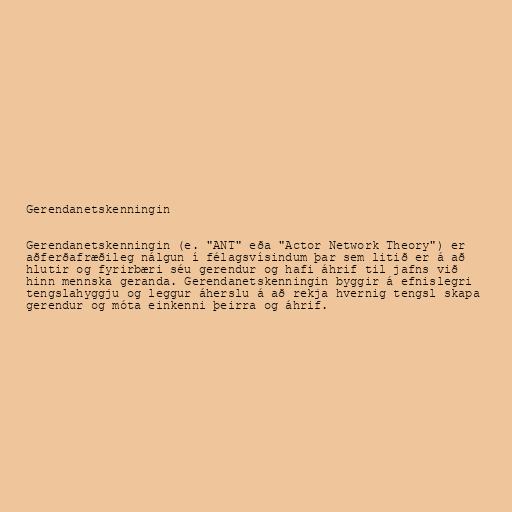
Gerendanetskenningin

Gerendanetskenningin (e. "ANT" eða "Actor Network Theory") er
aðferðafræðileg nálgun í félagsvísindum þar sem litið er á að
hlutir og fyrirbæri séu gerendur og hafi áhrif til jafns við
hinn mennska geranda. Gerendanetskenningin byggir á efnislegri
tengslahyggju og leggur áherslu á að rekja hvernig tengsl skapa
gerendur og móta einkenni þeirra og áhrif.